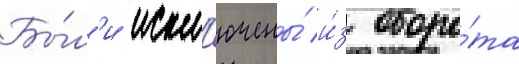
Бы́л'и искл'ючены́ и́з оборо́та